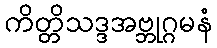
ကိတ္တိသဒ္ဒအဗ္ဘုဂ္ဂမနံ